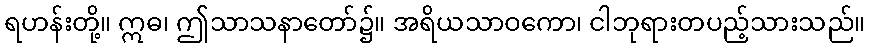
ရဟန်းတို့။ ဣဓ၊ ဤသာသနာတော်၌။ အရိယသာဝကော၊ ငါဘုရားတပည့်သားသည်။